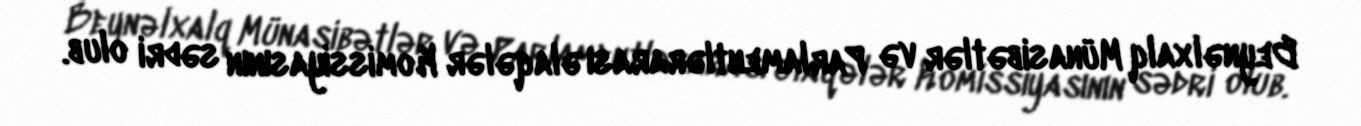
Beynəlxalq Münasibətlər və Parlamentlərarası əlaqələr Komissiyasının sədri olub.